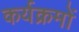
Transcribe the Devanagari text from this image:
कर्यक्रमों